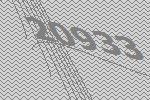
20933